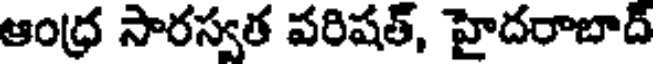
ఆంధ్ర సారస్వత పరిషత్, హైదరాబాద్